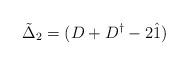
LaTeX: \begin{align*} {\tilde \Delta}_2 = (D+D^{\dagger}-2{\hat 1})\end{align*}